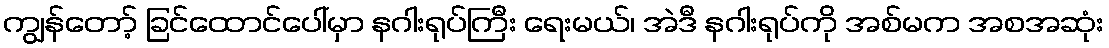
ကျွန်တော့် ခြင်ထောင်ပေါ်မှာ နဂါးရုပ်ကြီး ရေးမယ်၊ အဲဒီ နဂါးရုပ်ကို အစ်မက အစအဆုံး